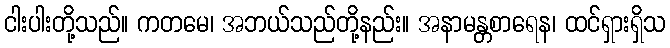
ငါးပါးတို့သည်။ ကတမေ၊ အဘယ်သည်တို့နည်း။ အနာမန္တစာရေန၊ ထင်ရှားရှိသ